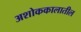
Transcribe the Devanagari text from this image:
अशोककालातील